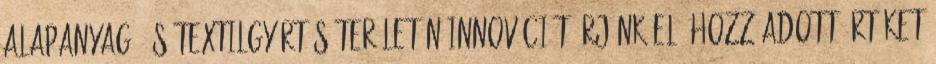
alapanyag- és textilgyártás területén innovációt érjünk el, hozzáadott értéket